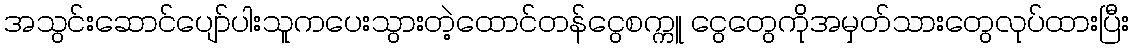
အသွင်းဆောင်ပျော်ပါးသူကပေးသွားတဲ့ထောင်တန်ငွေစက္ကူ ငွေတွေကိုအမှတ်သားတွေလုပ်ထားပြီး